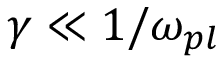
\gamma \ll 1 / \omega _ { p l }